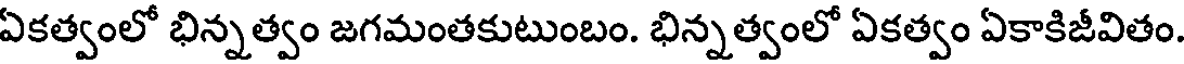
ఏకత్వంలో భిన్నత్వం జగమంతకుటుంబం. భిన్నత్వంలో ఏకత్వం ఏకాకిజీవితం.